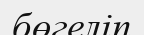
бөгеліп